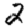
Digit: 2